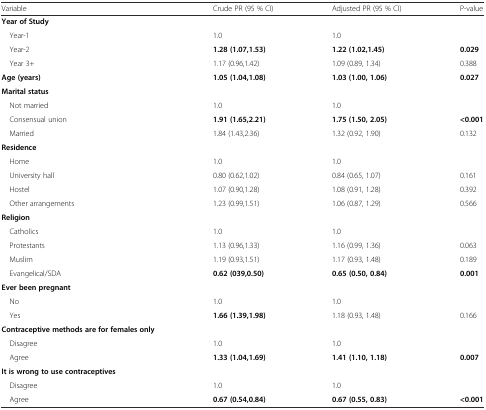
<table><thead><tr><td><b>Variable</b></td><td><b>Crude PR (95 % CI)</b></td><td><b>Adjusted PR (95 % CI)</b></td><td><b>P-value</b></td></tr></thead><tbody><tr><td><b>Year of Study</b></td><td></td><td></td><td></td></tr><tr><td> Year-1</td><td>1.0</td><td>1.0</td><td></td></tr><tr><td> Year-2</td><td><b>1.28 (1.07,1.53)</b></td><td><b>1.22 (1.02,1.45)</b></td><td><b>0.029</b></td></tr><tr><td> Year 3+</td><td>1.17 (0.96,1.42)</td><td>1.09 (0.89, 1.34)</td><td>0.388</td></tr><tr><td><b>Age (years)</b></td><td><b>1.05 (1.04,1.08)</b></td><td><b>1.03 (1.00, 1.06)</b></td><td><b>0.027</b></td></tr><tr><td><b>Marital status</b></td><td></td><td></td><td></td></tr><tr><td> Not married</td><td>1.0</td><td>1.0</td><td></td></tr><tr><td> Consensual union</td><td><b>1.91 (1.65,2.21)</b></td><td><b>1.75 (1.50, 2.05)</b></td><td><b>&lt;0.001</b></td></tr><tr><td> Married</td><td>1.84 (1.43,2.36)</td><td>1.32 (0.92, 1.90)</td><td>0.132</td></tr><tr><td><b>Residence</b></td><td></td><td></td><td></td></tr><tr><td> Home</td><td>1.0</td><td>1.0</td><td></td></tr><tr><td> University hall</td><td>0.80 (0.62,1.02)</td><td>0.84 (0.65, 1.07)</td><td>0.161</td></tr><tr><td> Hostel</td><td>1.07 (0.90,1.28)</td><td>1.08 (0.91, 1.28)</td><td>0.392</td></tr><tr><td> Other arrangements</td><td>1.23 (0.99,1.51)</td><td>1.06 (0.87, 1.29)</td><td>0.566</td></tr><tr><td><b>Religion</b></td><td></td><td></td><td></td></tr><tr><td> Catholics</td><td>1.0</td><td>1.0</td><td></td></tr><tr><td> Protestants</td><td>1.13 (0.96,1.33)</td><td>1.16 (0.99, 1.36)</td><td>0.063</td></tr><tr><td> Muslim</td><td>1.19 (0.93,1.51)</td><td>1.17 (0.93, 1.48)</td><td>0.189</td></tr><tr><td> Evangelical/SDA</td><td><b>0.62 (039,0.50)</b></td><td><b>0.65 (0.50, 0.84)</b></td><td><b>0.001</b></td></tr><tr><td><b>Ever been pregnant</b></td><td></td><td></td><td></td></tr><tr><td> No</td><td>1.0</td><td>1.0</td><td></td></tr><tr><td> Yes</td><td><b>1.66 (1.39,1.98)</b></td><td>1.18 (0.93, 1.48)</td><td>0.166</td></tr><tr><td><b>Contraceptive methods are for females only</b></td><td></td><td></td><td></td></tr><tr><td> Disagree</td><td>1.0</td><td>1.0</td><td></td></tr><tr><td> Agree</td><td><b>1.33 (1.04,1.69)</b></td><td><b>1.41 (1.10, 1.18)</b></td><td><b>0.007</b></td></tr><tr><td><b>It is wrong to use contraceptives</b></td><td></td><td></td><td></td></tr><tr><td> Disagree</td><td>1.0</td><td>1.0</td><td></td></tr><tr><td> Agree</td><td><b>0.67 (0.54,0.84)</b></td><td><b>0.67 (0.55, 0.83)</b></td><td><b>&lt;0.001</b></td></tr></tbody></table>